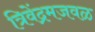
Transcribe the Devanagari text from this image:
त्रिवेंद्रमजवळ